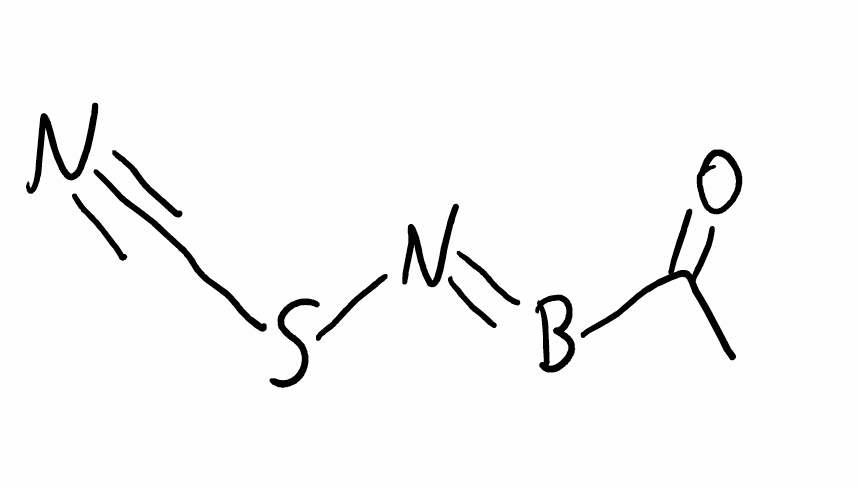
Simplified molecular-input line-entry system (SMILES) notation of the given molecule:
B(=NSC#N)C(=O)C